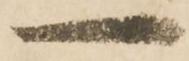
一